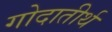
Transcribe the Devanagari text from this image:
गोदातीर्थ